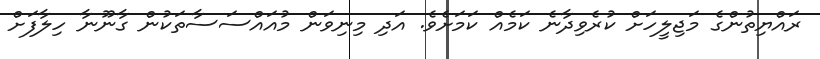
ރައްޔިތުންގެ މަޖިލީހަށް ކުރެވިދާނެ ކަމެއް ކަމަށެވެ. އަދި މިނިވަން މުއައްސަސާތަކުން ގާނޫނާ ހިލާފަށް